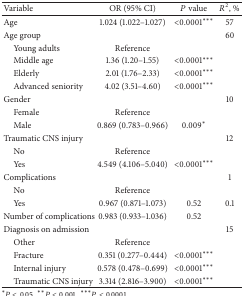
| Variable | OR (95% CI) | P value | R2, % |
 | --- | --- | --- | --- |
 | Age | 1.024 (1.022–1.027) | <0.0001*** | 57 |
 | Age group |  |  | 60 |
 | Young adults | Reference |  |  |
 | Middle age | 1.36 (1.20–1.55) | <0.0001*** |  |
 | Elderly | 2.01 (1.76–2.33) | <0.0001*** |  |
 | Advanced seniority | 4.02 (3.51–4.60) | <0.0001*** |  |
 | Gender |  |  | 10 |
 | Female | Reference |  |  |
 | Male | 0.869 (0.783–0.966) | 0.009* |  |
 | Traumatic CNS injury |  |  | 12 |
 | No | Reference |  |  |
 | Yes | 4.549 (4.106–5.040) | <0.0001*** |  |
 | Complications |  |  | 1 |
 | No | Reference |  |  |
 | Yes | 0.967 (0.871–1.073) | 0.52 | 0.1 |
 | Number of complications | 0.983 (0.933–1.036) | 0.52 |  |
 | Diagnosis on admission |  |  | 15 |
 | Other | Reference |  |  |
 | Fracture | 0.351 (0.277–0.444) | <0.0001*** |  |
 | Internal injury | 0.578 (0.478–0.699) | <0.0001*** |  |
 | Traumatic CNS injury | 3.314 (2.816–3.900) | <0.0001*** |  |